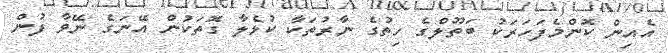
އެއިން ކޮންމެފަހަރަކު ބަތޫލްގެ ހިތުގެ ނާރުތަކާ ކުޅެލާ ގޮތަކުން އޭނަގެ ނޭވާ ފުން